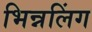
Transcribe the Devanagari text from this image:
भिन्नलिंग